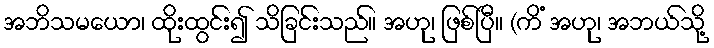
အဘိသမယော၊ ထိုးထွင်း၍ သိခြင်းသည်။ အဟု၊ ဖြစ်ပြီ။ (ကိံ အဟု၊ အဘယ်သို့